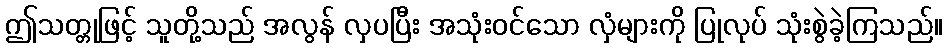
ဤသတ္တုဖြင့် သူတို့သည် အလွန် လှပပြီး အသုံးဝင်သော လှံများကို ပြုလုပ် သုံးစွဲခဲ့ကြသည်။